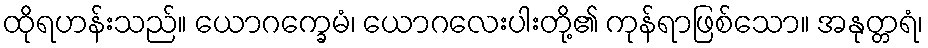
ထိုရဟန်းသည်။ ယောဂက္ခေမံ၊ ယောဂလေးပါးတို့၏ ကုန်ရာဖြစ်သော။ အနုတ္တရံ၊